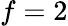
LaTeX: f=2